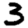
Digit: 3